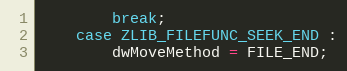
Language: C
        break;
    case ZLIB_FILEFUNC_SEEK_END :
        dwMoveMethod = FILE_END;